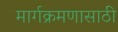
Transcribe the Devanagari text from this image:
मार्गक्रमणासाठी